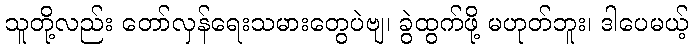
သူတို့လည်း တော်လှန်ရေးသမားတွေပဲဗျ၊ ခွဲထွက်ဖို့ မဟုတ်ဘူး၊ ဒါပေမယ့်